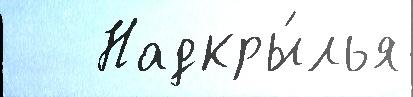
   Надкры́лья